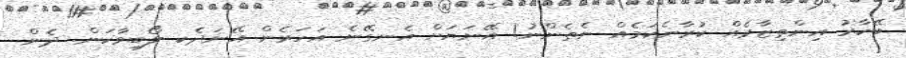
ބޭކާރު އިންތިޒާރެއް ކުރާނެކަމެއް ނެތެންނު! އޭނަޔަށް އެނގޭނެ އަހަރެން އޭނަދެކ ލޯބިވާކަން. ދެން